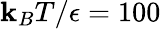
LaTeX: \mathbf{k}_{B}T/\epsilon=100